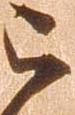
被